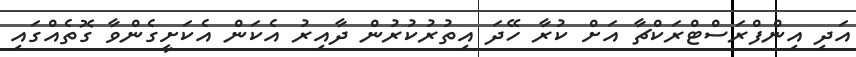
އަދި އިންފްރަސްޓްރަކްޗާ އަށް ކުރާ ހޭދަ އިތުރުކުރުން ދާއިރު އެކަން އެކަށީގެންވާ ގޮތެއްގައި